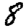
Digit: 8